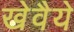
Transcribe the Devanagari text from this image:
खेवैये